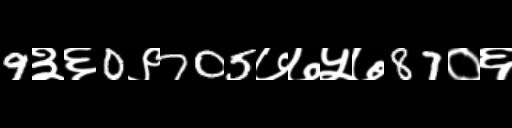
Text: 9३६0९705७७५७87०६